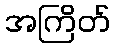
အကြိတ်